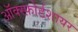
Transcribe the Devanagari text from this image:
ऑक्स्फ़ोर्डशायर